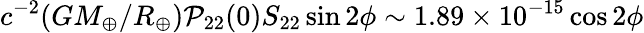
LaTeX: c^{-2}(GM_{\oplus}/R_{\oplus})\mathcal{P}_{22}(0)S_{22}\sin2\phi\sim1.89\times10^{-15}\cos2\phi